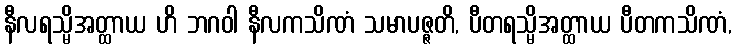
နီလရသ္မိအတ္ထာယ ဟိ ဘဂဝါ နီလကသိဏံ သမာပဇ္ဇတိ, ပီတရသ္မိအတ္ထာယ ပီတကသိဏံ,